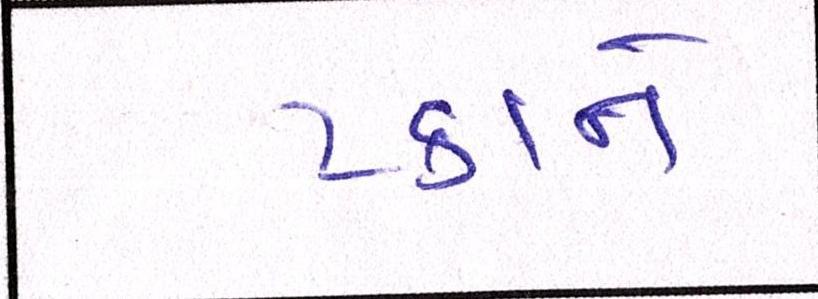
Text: ટકાને